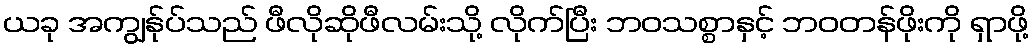
ယခု အကျွန်ုပ်သည် ဖီလိုဆိုဖီလမ်းသို့ လိုက်ပြီး ဘဝသစ္စာနှင့် ဘဝတန်ဖိုးကို ရှာဖို့